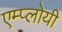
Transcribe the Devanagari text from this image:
एम्प्लोयी